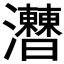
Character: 𤅍